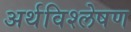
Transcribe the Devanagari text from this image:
अर्थविश्लेषण